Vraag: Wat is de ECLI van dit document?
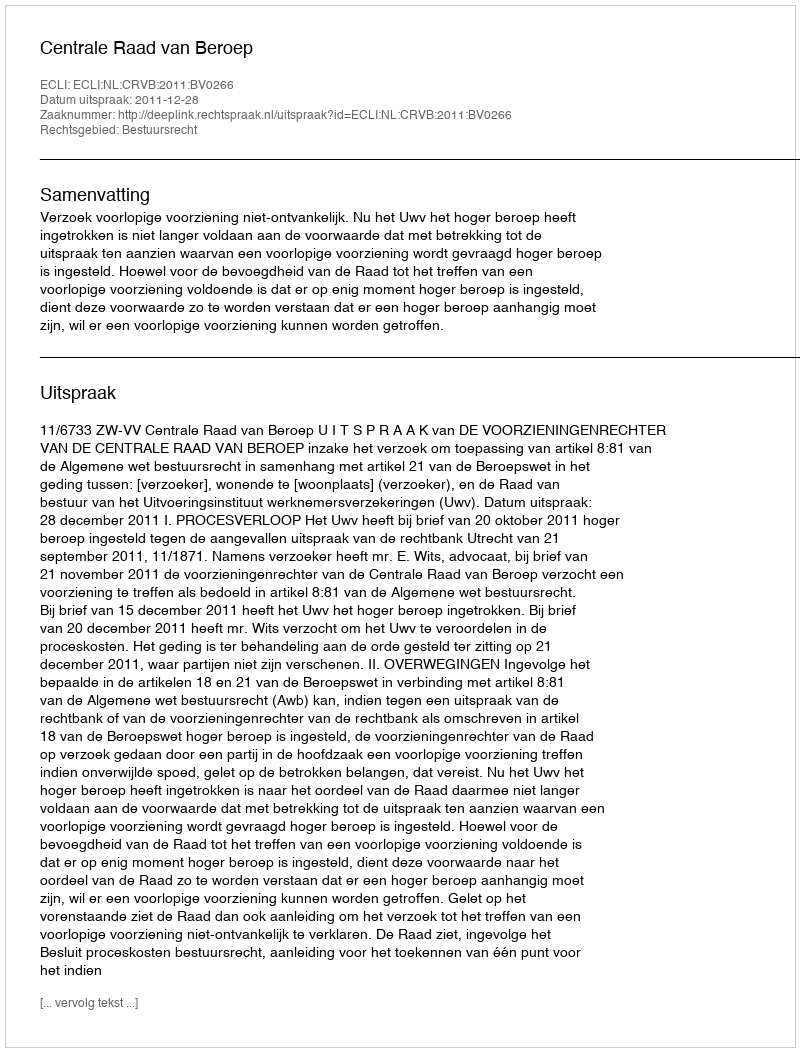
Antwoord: ECLI:NL:CRVB:2011:BV0266